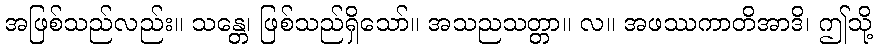
အဖြစ်သည်လည်း။ သန္တေ၊ ဖြစ်သည်ရှိသော်။ အသညသတ္တာ။ လ။ အဖဿကာတိအာဒိ၊ ဤသို့